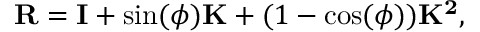
\mathbf { R } = \mathbf { I } + \sin ( \phi ) \mathbf { K } + ( 1 - \cos ( \phi ) ) \mathbf { K ^ { 2 } } ,